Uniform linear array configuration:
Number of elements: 32
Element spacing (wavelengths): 1
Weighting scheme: blackman
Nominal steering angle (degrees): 45
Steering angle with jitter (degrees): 45.944
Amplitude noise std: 0.05
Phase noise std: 0.05

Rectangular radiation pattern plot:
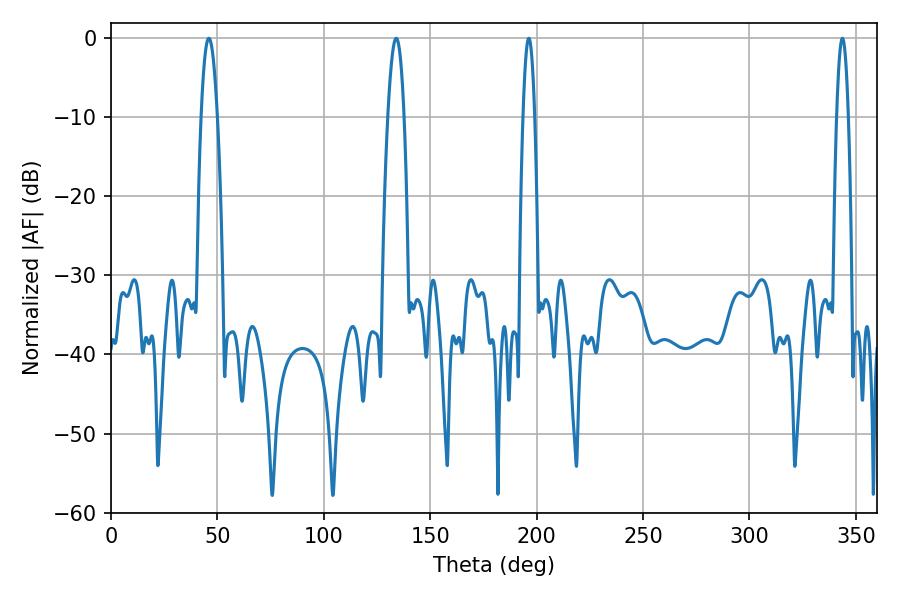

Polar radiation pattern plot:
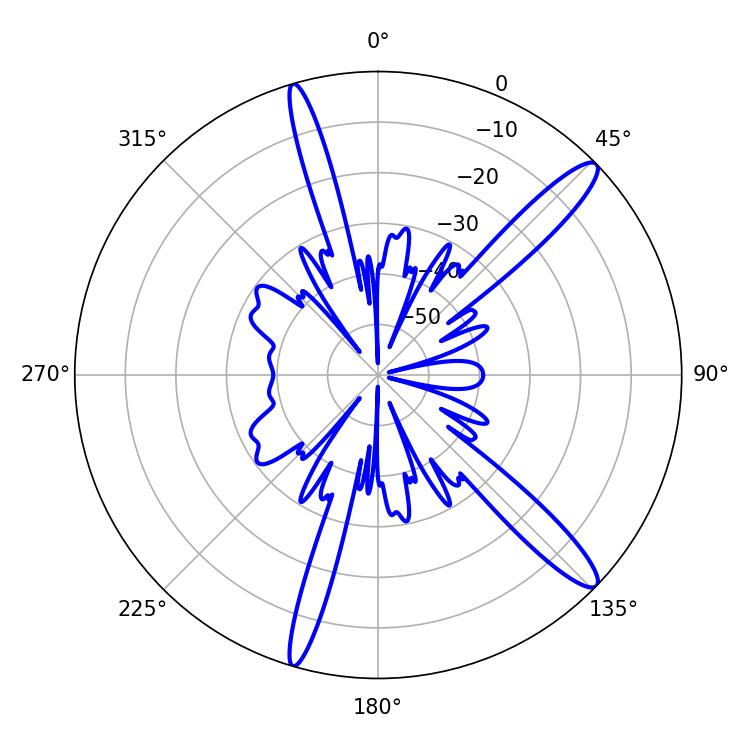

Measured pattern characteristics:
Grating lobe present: TRUE
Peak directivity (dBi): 13.877
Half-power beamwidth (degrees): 4.14
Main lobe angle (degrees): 45.9